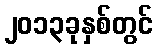
၂၀၁၃ခုနှစ်တွင်